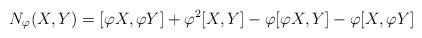
LaTeX: \begin{align*}N_{\varphi}(X,Y)=[\varphi X,\varphi Y]+\varphi^2[X,Y]-\varphi[\varphi X,Y]-\varphi[X,\varphi Y]\end{align*}